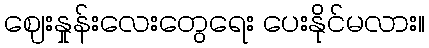
ဈေးနှုန်းလေးတွေရေး ပေးနိုင်မလား။